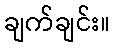
ချက်ချင်း။